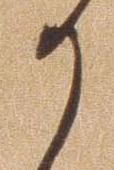
か